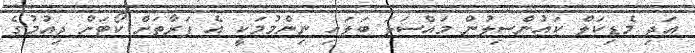
އަދި މެޑިކަލް ކައުންސިލުން މައްސަލަ ބަލައި ނިންމުމަކީ އެ ފަރާތަށް ކޯޓަށް ދިއުމުގެ